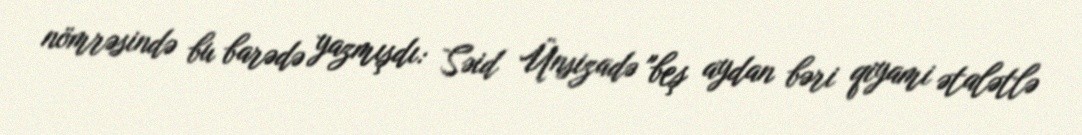
nömrəsində bu barədə yazmışdı: Səid Ünsizadə "beş aydan bəri qiyami ətalətlə